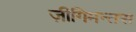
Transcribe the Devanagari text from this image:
ज़ीगिमन्तस